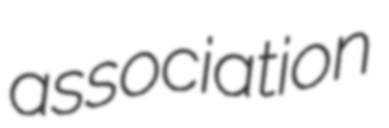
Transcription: association